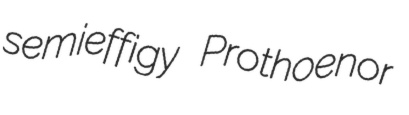
semieffigy Prothoenor